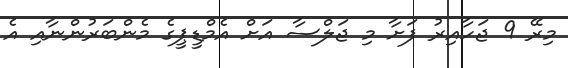
މިރޭ 9 ޖަހާއިރު ފަށާ މި ޖަލްސާ އަށް އެމްޑީޕީގެ މެންބަރުންނާއި އެ